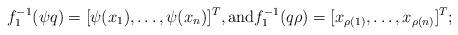
LaTeX: \begin{align*}f_1^{-1}(\psi q)=[\psi(x_1),\ldots,\psi(x_n)]^T,\mbox{and}f_1^{-1}(q\rho)=[x_{\rho(1)},\ldots,x_{\rho(n)}]^T;\end{align*}